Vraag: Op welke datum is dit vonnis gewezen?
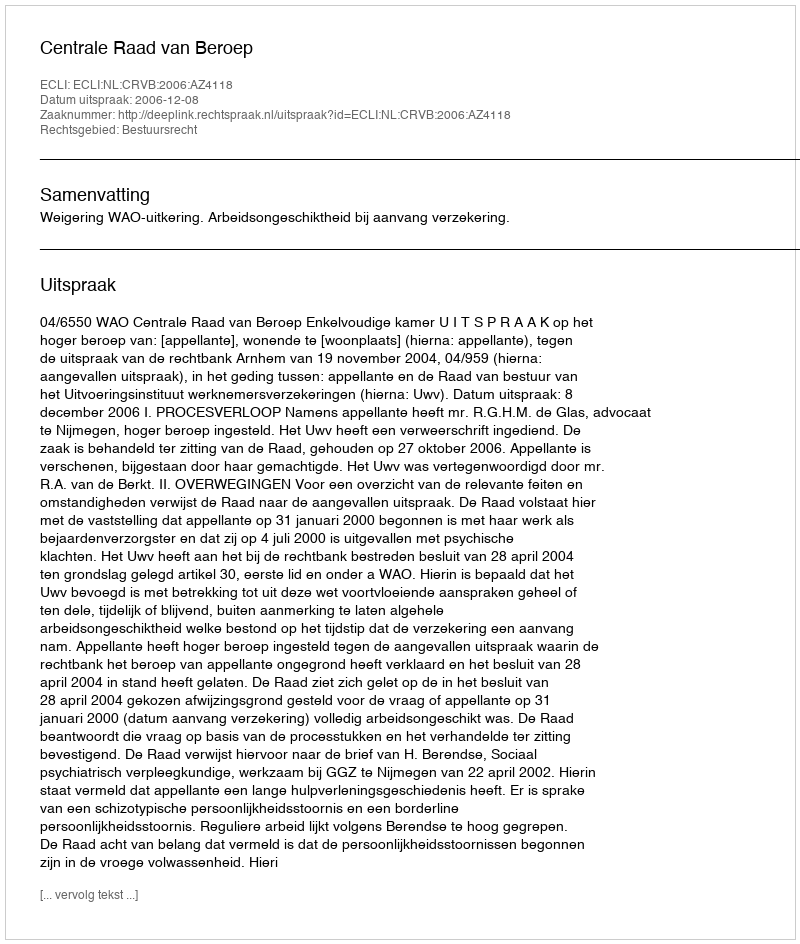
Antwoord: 2006-12-08